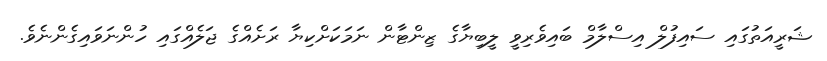
ޝަރީއަތުގައި ސައިފުލް އިސްލާމް ބައިވެރިވީ ލީބިޔާގެ ޒިންޓާން ނަމަކަށްކިޔާ ރަށެއްގެ ޖަލެއްގައި ހުންނަވައިގެންނެވެ.